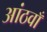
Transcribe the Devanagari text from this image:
आंठवाँ